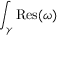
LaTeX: \int _ { \gamma } { \mathrm { R e s } } ( \omega )